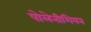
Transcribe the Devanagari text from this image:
पोलेनीशियन